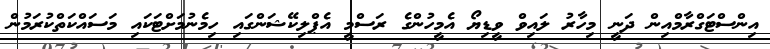
އިންސްޓަގްރާމްއިން ދަނީ މިހާރު ލައިވް ވީޑިޔޯ އެމީހުންގެ ރަސްމީ އެޕްލިކޭޝަންގައި ހިމެނުމަށްޓަކައި މަސައްކަތްކުރަމުން